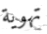
تهوية